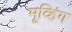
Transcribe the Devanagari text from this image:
मूव्हिंग